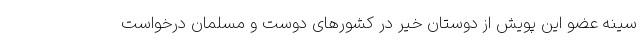
سینه عضو این پویش از دوستان خیر در کشورها‌ی دوست و مسلمان درخواست